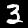
Label: 3